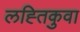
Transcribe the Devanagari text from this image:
लह्तिकुवा